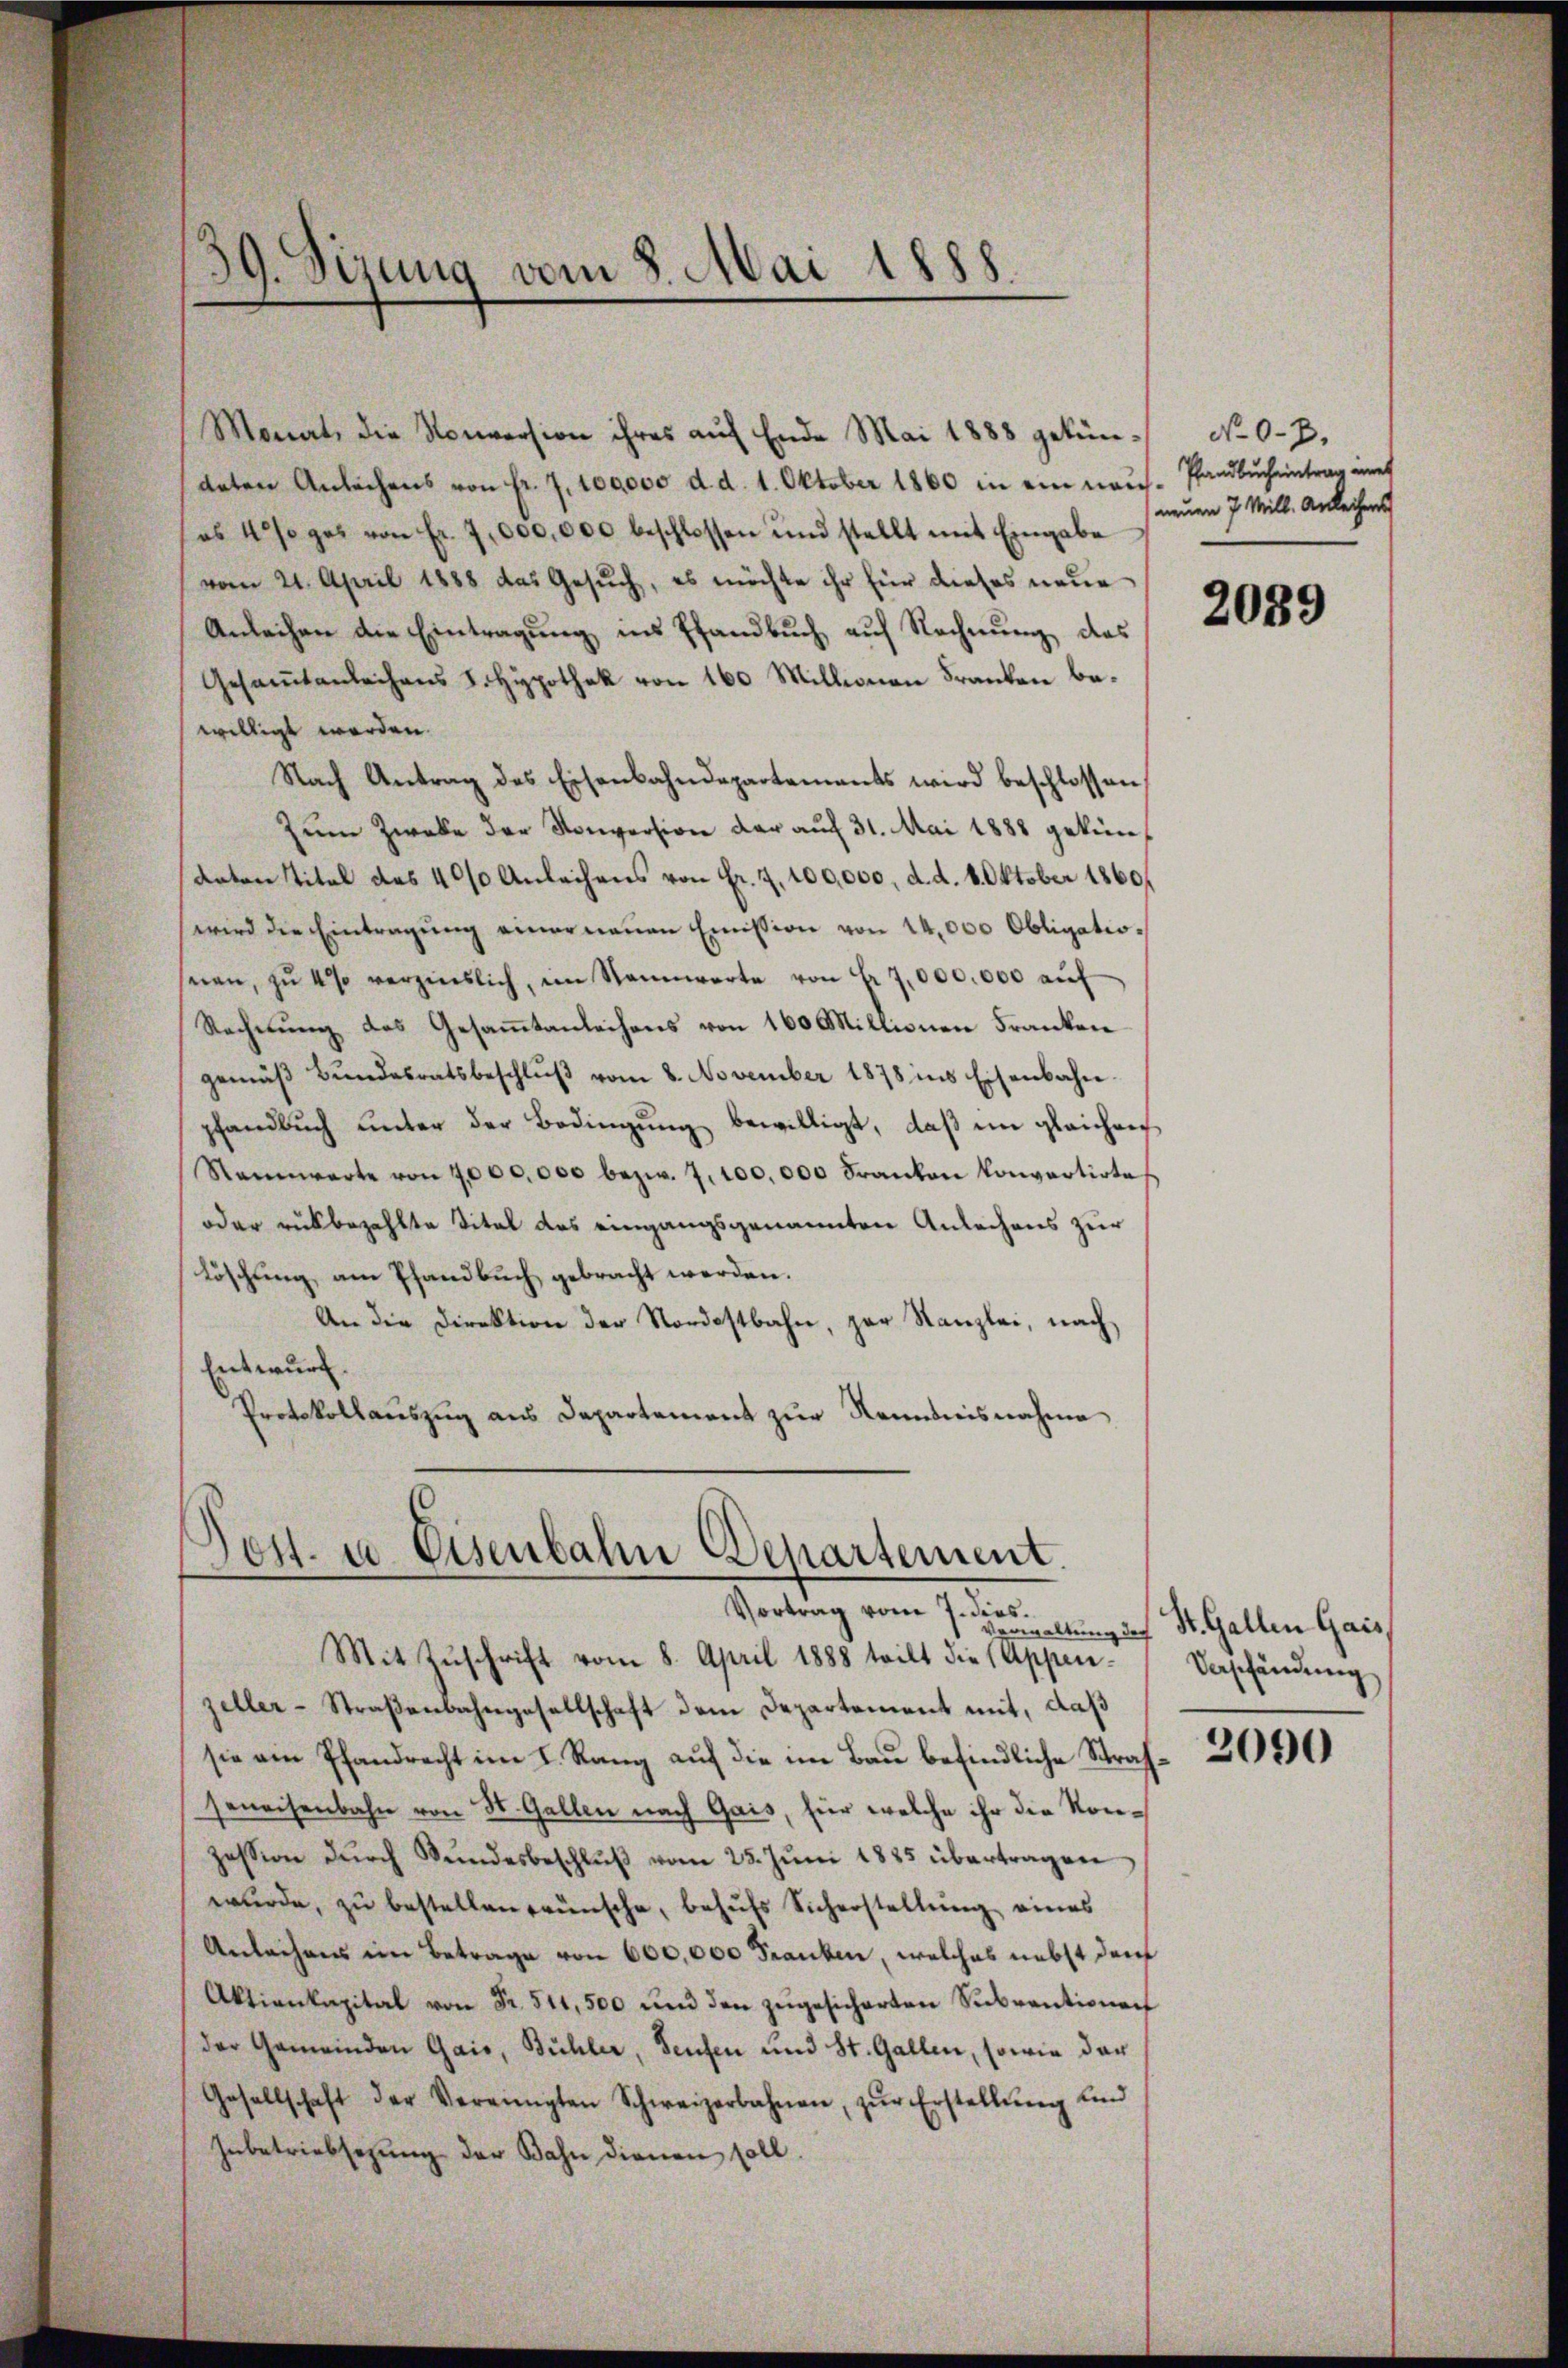
39. Sizung vom 8. Mai 1888.

Monat, die Konversion ihres aŭf Ende Mai 1888 gekün-No 0.7.
deten Anleihens von fr. 7. 100,000 d. d. 1. Oktober 1860 in ein nach. Pfandbucheintrag eines
(es 40 so ges von Fr. 7,000,000 beschlossen und stellt mit Eingabe
vom 21. April 1888 das Gesuch, es möchte ihr für dieses neue
Anleihen die Eintragung ins Pfandbuch auf Rechnung des
Gesamtanleihens J. Hypothek von 160 Millionen Franken bewilligt werden.
Nach Antrag des Eisenbahndepartements wird beschlossen,
Zum Zweke der Konversion der auf 31. Mai 1888 gekün¬
Anton Titel des 400 Anlachens von Fr. 7. 100,000, d. d. 8. Oktober 1860.
wird die Eintragŭng einer neŭen Emission von 14,000 Obligatioseien, zŭ 4% verzinslich, im Stannwarte von Fr. 7,000,000 aŭf
Rechnung des Gesammtanleihens von 160 Millionen Franken
gemäβ Bŭndesratsbeschlŭβ vom 8. November 1878 ins Eisenbahn-
pfandbuch unter der Bedingŭng bewilligt, daß im gleichen
Nennwarte von 4,000,000 bezw. 7. 100,000 Franken Konvertirtes
oder rükbezahlte Titel des eingangsgenannten Anleihens zur
Löschung, am Pfandbuch gebracht werden.
An die Direktion der Nordostbahn, zur Kanzlei, nach
Entwurf.
Protokollauszug aus Departement zur Kenntnisnahme

Post- u Eisenbahn Departement.
Vortrag vom 7. dies

v Bewaltung der
Mit Zuschrift vom 8. April 1888 teilt die (Appenzeller-Straßenbahngesellschaft dem Departement mit, daß
sie ein Pfandrecht im I. Rang aŭf die im Baŭ befindliche Straf- 2050
seweisenbahn von St. Gallen nach Gais, für welche ihr die Konzession dŭrch Bŭndesbeschlŭβ vom 25. Jŭni 1885 übertragen
wŭrde, zu bestellen wünsche, behufs Sicherstellung eines
Anleihens im Betrage von 600,000 Frauben, welches nebst darf
Aktienkapital von Fr. 511,500 und den zŭgesicherten Sŭbventionen
(der Gemeinden Gais, Bühler, Seufen und St. Gallen, sowie der
Gesellschaft der Vereinigten Schweizerbahnen, zŭr Erstellŭng und
Inbetriebsezung der Bahn dienen soll.

neuen 7 Mill. Anleihens

2039

St. Gallen Gais
Verschändung